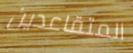
المتقاعدين